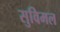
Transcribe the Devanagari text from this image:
सुविमल